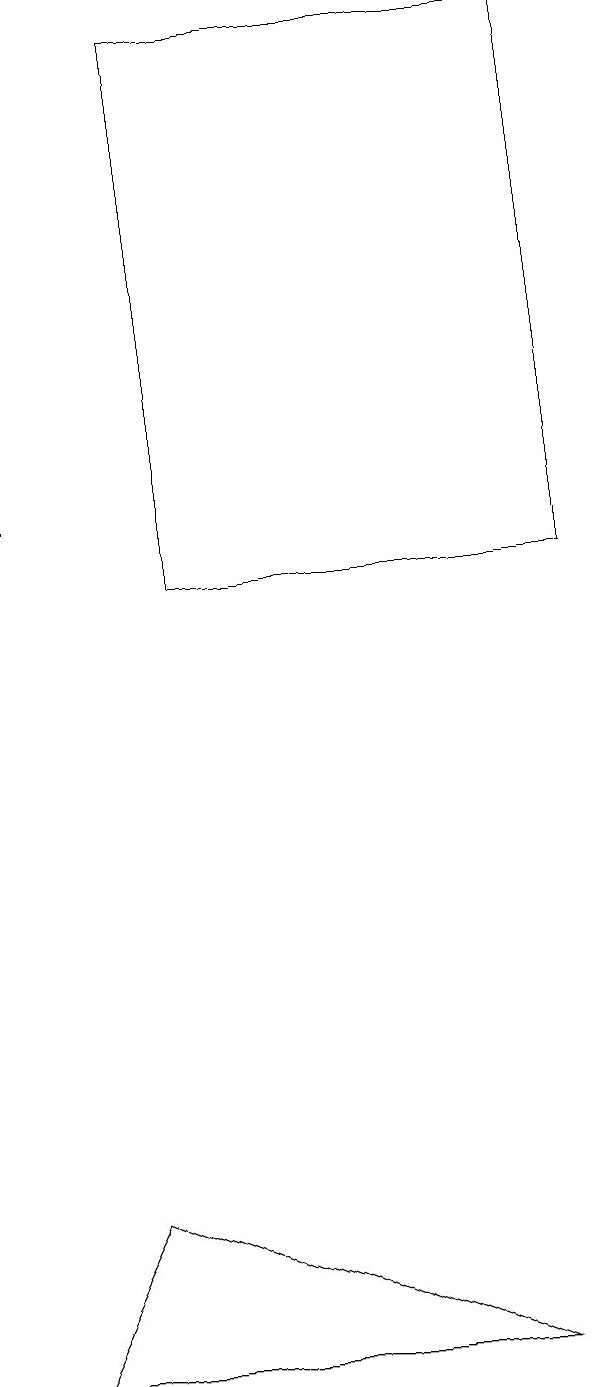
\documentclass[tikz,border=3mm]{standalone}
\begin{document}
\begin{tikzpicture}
\draw[->] (1,11) -- (1,15);
\draw (1,0) -- (7,0) -- (2,2) -- cycle;
\draw (3,10) rectangle (8,17);
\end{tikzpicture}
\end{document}